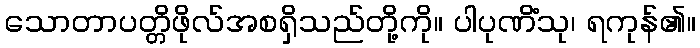
သောတာပတ္တိဖိုလ်အစရှိသည်တို့ကို။ ပါပုဏိံသု၊ ရကုန်၏။